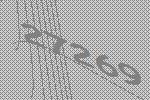
27269